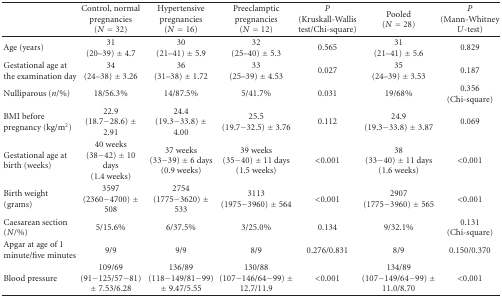
<table><thead><tr><td></td><td><b>Control, normal pregnancies (<i>N</i> = 32)</b></td><td><b>Hypertensive pregnancies(<i>N</i> = 16)</b></td><td><b>Preeclamptic pregnancies(<i>N</i> = 12)</b></td><td><b><i>P</i> (Kruskall-Wallis test/Chi-square)</b></td><td><b>Pooled(<i>N</i> = 28)</b></td><td><b><i>P</i> (Mann-Whitney <i>U</i>-test)</b></td></tr></thead><tbody><tr><td>Age (years)</td><td>31 (20–39) ± 4.7</td><td>30(21–41) ± 5.9</td><td>32 (25–40) ± 5.3</td><td> 0.565</td><td>31(21–41) ± 5.6</td><td>0.829</td></tr><tr><td>Gestational age at the examination day</td><td>34(24–38) ± 3.26</td><td>36 (31–38) ± 1.72</td><td>33(25–39) ± 4.53</td><td>0.027</td><td>35 (24–39) ± 3.53</td><td>0.187</td></tr><tr><td>Nulliparous (<i>n</i>/%)</td><td>18/56.3%</td><td>14/87.5%</td><td>5/41.7%</td><td>0.031</td><td>19/68%</td><td>0.356(Chi-square)</td></tr><tr><td>BMI before pregnancy (kg/m<sup>2</sup>)</td><td>22.9 (18.7−28.6) ± 2.91</td><td>24.4(19.3−33.8) ± 4.00</td><td>25.5(19.7−32.5) ± 3.76</td><td>0.112</td><td>24.9(19.3−33.8) ± 3.87</td><td>0.069</td></tr><tr><td>Gestational age at birth (weeks)</td><td>40 weeks(38−42) ± 10 days(1.4 weeks)</td><td>37 weeks (33−39) ± 6 days(0.9 weeks)</td><td>39 weeks(35−40) ± 11 days (1.5 weeks)</td><td>&lt;0.001</td><td>38 (33−40) ± 11 days(1.6 weeks)</td><td>&lt;0.001</td></tr><tr><td>Birth weight (grams)</td><td>3597(2360−4700) ± 508</td><td>2754(1775−3620) ± 533</td><td>3113(1975−3960) ± 564</td><td>&lt;0.001</td><td>2907(1775−3960) ± 565</td><td>&lt;0.001</td></tr><tr><td>Caesarean section (<i>N</i>/%)</td><td>5/15.6%</td><td>6/37.5%</td><td>3/25.0%</td><td>0.134</td><td>9/32.1%</td><td>0.131 (Chi-square)</td></tr><tr><td>Apgar at age of 1 minute/five minutes</td><td>9/9</td><td>9/9</td><td>8/9</td><td>0.276/0.831</td><td>8/9</td><td>0.150/0.370</td></tr><tr><td>Blood pressure</td><td>109/69(91−125/57−81) ± 7.53/6.28</td><td>136/89(118−149/81−99) ± 9.47/5.55</td><td>130/88 (107−146/64−99) ± 12.7/11.9</td><td>&lt;0.001</td><td>134/89(107−149/64−99) ± 11.0/8.70</td><td>&lt;0.001</td></tr></tbody></table>